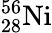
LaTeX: \mathrm{_{28}^{56}Ni}